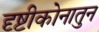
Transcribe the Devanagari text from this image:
दृष्टीकोनातुन